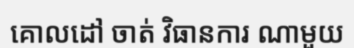
គោលដៅ ចាត់ វិធានការ ណាមួយ